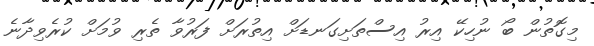
މިގޮތުން ބޯ ނުހިކޭ އިރު އިސްތަށިގަނޑަށް އިތުރަށް ފަރުވާ ތެރި ވުމަށް ކުރެވިދާނެ